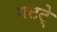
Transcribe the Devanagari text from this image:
गटटे्